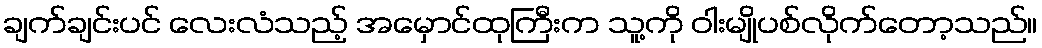
ချက်ချင်းပင် လေးလံသည့် အမှောင်ထုကြီးက သူ့ကို ဝါးမျိုပစ်လိုက်တော့သည်။